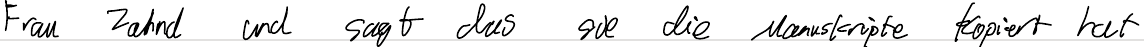
Frau Zahnd und sagt das sie die Manuskripte kopiert hat